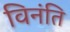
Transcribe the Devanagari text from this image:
विनंति